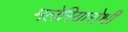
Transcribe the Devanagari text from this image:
मलेरियारोधी